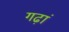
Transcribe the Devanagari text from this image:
गढ़ां